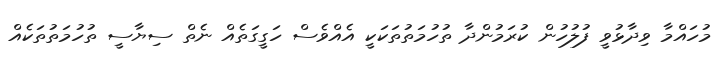
މުހައްމާ ވިދާޅުވީ ފުލުހުން ކުރަމުންދާ ތުހުމަތުތަކަކީ އެއްވެސް ހަގީގަތެއް ނެތް ސިޔާސީ ތުހުމަތުތަކެއް